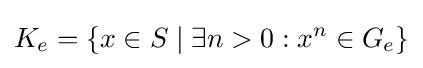
K_{e}=\{x\in S\mid \exists n>0:x^{n}\in G_{e}\}